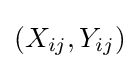
(X_{ij},Y_{ij})